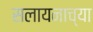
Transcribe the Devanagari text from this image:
सलायनाच्या